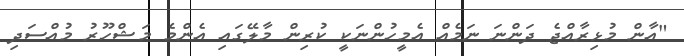
"އާން މުޅިރާއްޖެ ދަންނަ ނަމެއް އެމީހުންނަކީ ކުރިން މާލޭގައި އެންމެ މަޝްހޫރު މުއްސަދި